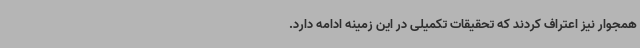
همجوار نیز اعتراف کردند که تحقیقات تکمیلی در این زمینه ادامه دارد.